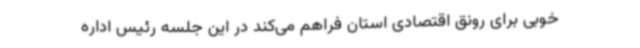
خوبی برای رونق اقتصادی استان‌ فراهم می‌کند در این جلسه رئیس اداره